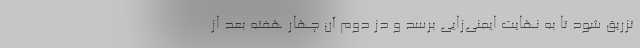
تزریق شود تا به نهایت ایمنی‌زایی برسد و دُز دوم آن چهار هفته بعد از